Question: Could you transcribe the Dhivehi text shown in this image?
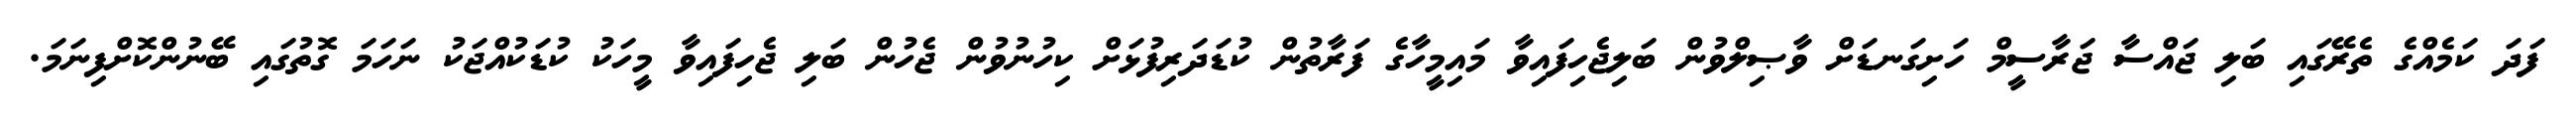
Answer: ފަދަ ކަމެއްގެ ތެރޭގައި ބަލި ޖައްސާ ޖަރާސީމް ހަށިގަނޑަށް ވާޞިލްވުން ބަލިޖެހިފައިވާ މައިމީހާގެ ފަރާތުން ކުޑަދަރިފުޅަށް ކިހުނުވުން ޖެހުން ބަލި ޖެހިފައިވާ މީހަކު ކުޑަކުއްޖަކު ނަހަމަ ގޮތުގައި ބޭނުންކޮށްފިނަމަ.